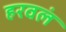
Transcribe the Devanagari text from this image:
हरवलं